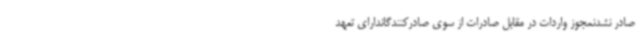
صادر نشدنمجوز واردات در مقابل صادرات از سوی صادرکنندگاندارای تعهد